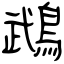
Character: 鵡